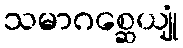
သမာဂစ္ဆေယျုံ